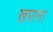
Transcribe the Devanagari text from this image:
खपाना